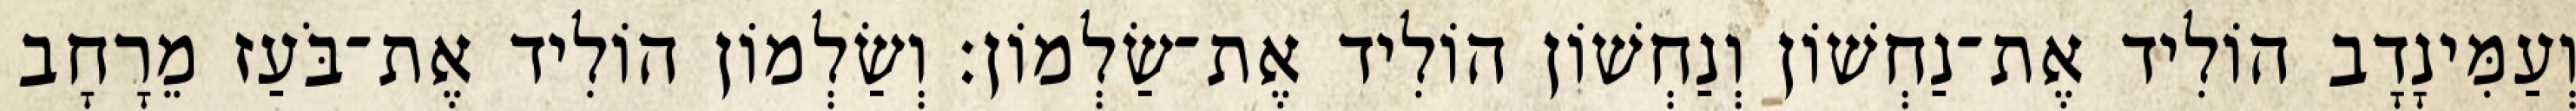
וְעַמִּינָדָב הוֹלִיד אֶת־נַחְשׁוֹן וְנַחְשׁוֹן הוֹלִיד אֶת־שַׂלְמוֹן׃ וְשַׂלְמוֹן הוֹלִיד אֶת־בֹּעַז מֵרָחָב